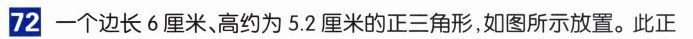
72 一个边长6厘米，高约为5.2厘米的正三角形，如图所示放置。此正